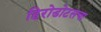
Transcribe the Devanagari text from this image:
हिरोडोटसचा